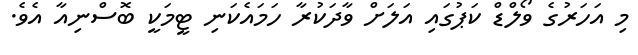
މި އަހަރުގެ ވޯލްޑް ކަޕުގައި އަލަށް ވާދަކުރާ ހަމައެކަނި ޓީމަކީ ބޮސްނިއާ އެވެ.